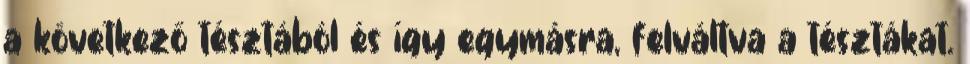
a következő tésztából és így egymásra, felváltva a tésztákat.